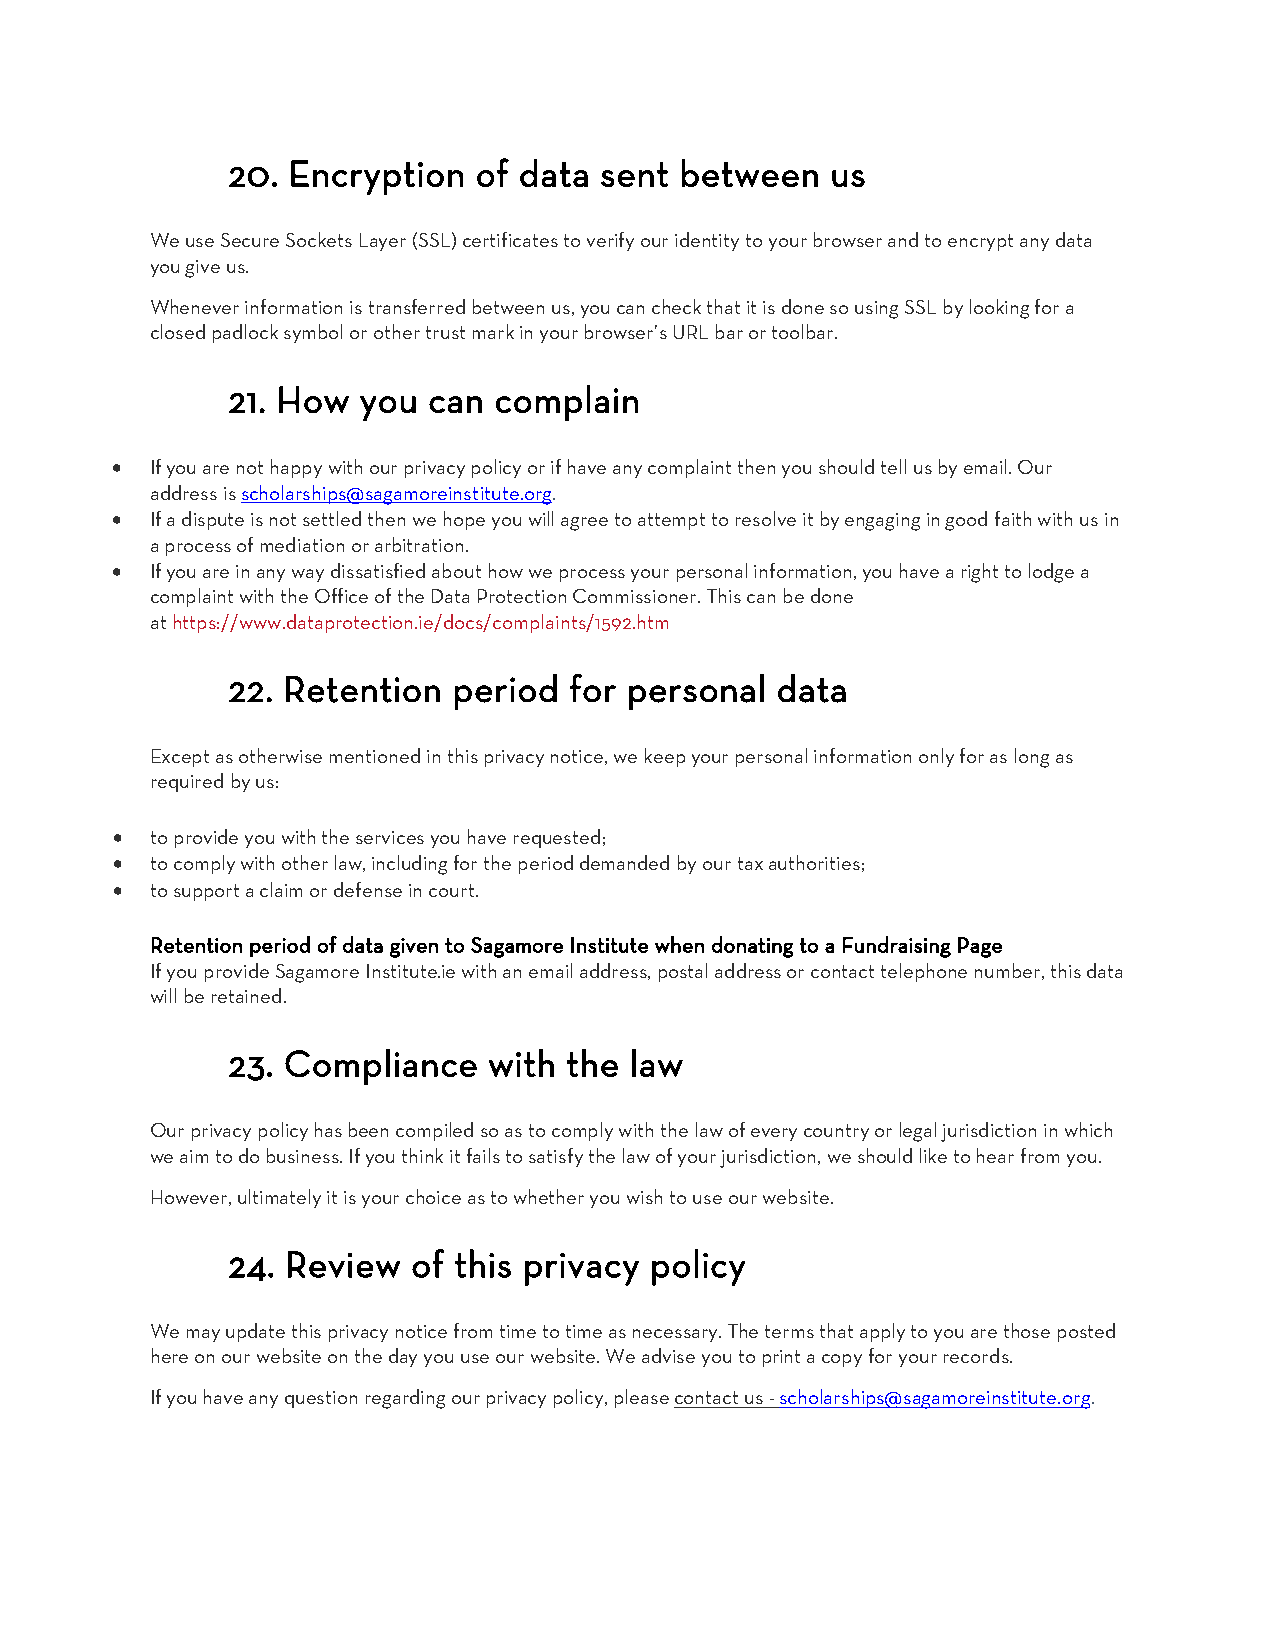
20. Encryption  of data  sent between   us
 We use Secure Sockets Layer (SSL) certificates to verify our identity to your browser and to encrypt any data
 you give us.
 Whenever information is transferred between us, you can check that it is done so using SSL by looking for a
 closed padlock symbol or other trust mark in your browser’s URL bar or toolbar.
 21. How  you can  complain
 •  If you are not happy with our privacy policy or if have any complaint then you should tell us by email. Our
 address is scholarships@sagamoreinstitute.org.
 •  If a dispute is not settled then we hope you will agree to attempt to resolve it by engaging in good faith with us in
 a process of mediation or arbitration.
 •  If you are in any way dissatisfied about how we process your personal information, you have a right to lodge a
 complaint with the Office of the Data Protection Commissioner. This can be done
 at https://www.dataprotection.ie/docs/complaints/1592.htm
 22. Retention  period  for personal data
 Except as otherwise mentioned in this privacy notice, we keep your personal information only for as long as
 required by us:
 •  to provide you with the services you have requested;
 •  to comply with other law, including for the period demanded by our tax authorities;
 •  to support a claim or defense in court.
 Retention period of data given to Sagamore Institute when donating to a Fundraising Page
 If you provide Sagamore Institute.ie with an email address, postal address or contact telephone number, this data
 will be retained.
 23. Compliance   with  the law
 Our privacy policy has been compiled so as to comply with the law of every country or legal jurisdiction in which
 we aim to do business. If you think it fails to satisfy the law of your jurisdiction, we should like to hear from you.
 However, ultimately it is your choice as to whether you wish to use our website.
 24. Review  of this privacy policy
 We may update this privacy notice from time to time as necessary. The terms that apply to you are those posted
 here on our website on the day you use our website. We advise you to print a copy for your records.
 If you have any question regarding our privacy policy, please contact us - scholarships@sagamoreinstitute.org.